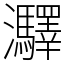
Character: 㶠